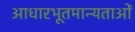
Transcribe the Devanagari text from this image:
आधारभूतमान्यताओं